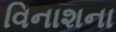
વિનાશના